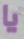
يا